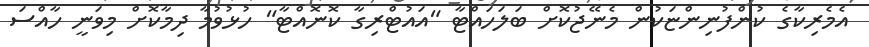
އެމެރިކާގެ ކުންފުނިންޏަކުން މެނޭޖުކޮށް ބަލަހައްޓާ "އައުޓްރިގާ ކޮނޮއްޓާ" ހުޅުވުމާ ދިމާކޮށް މިވަނީ ހާއްސަ